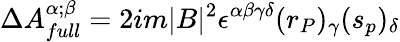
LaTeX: \Delta A_{full}^{\alpha;\beta}=2im|B|^{2}\epsilon^{\alpha\beta\gamma\delta}(r_{P})_{\gamma}(s_{p})_{\delta}